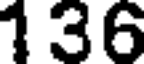
136